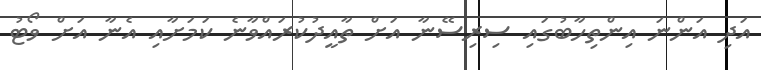
އަދި އަންނަ އިންތިހާބުގައި ސިރިސޭނާ އަށް ތާއީދުކުރައްވާނެ ކަމަށާއި އެނާ އަށް ވޯޓު